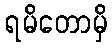
ရမိတောမှိ